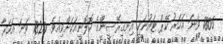
1806 ވަނަ އަހަރު ކޭޕް ޓައުނަކީ އިނގިރޭސީންގެ ކޮލޮނީއަކަށްވިއެވެ. 1820 ވަނަ އަހަރާ